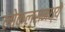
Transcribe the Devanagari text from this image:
लोकल्समध्ये